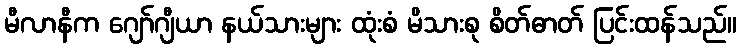
မီလာနီက ဂျော်ဂျီယာ နယ်သားများ ထုံးစံ မိသားစု စိတ်ဓာတ် ပြင်းထန်သည်။